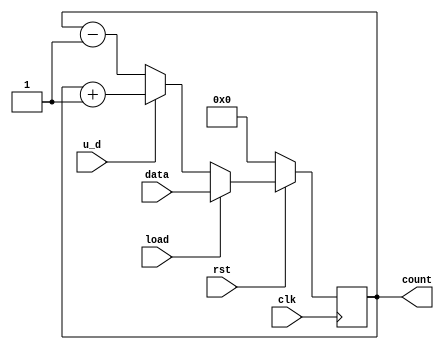
/**************************
    load up/down counter
**************************/

module counter_up_load (count, clk,load, u_d, data, rst);
input [7:0] data;
input clk, rst, load, u_d;
output [7:0]count;
reg [7:0]count_temp;

always @(posedge clk) begin
    if(!rst)
        count_temp <= 8'b0;
    else if(load)
        count_temp <= data;
    else if(u_d)
        count_temp <= count_temp + 1 ;
    else 
        count_temp <= count_temp - 1;
end

assign count = count_temp;

endmodule